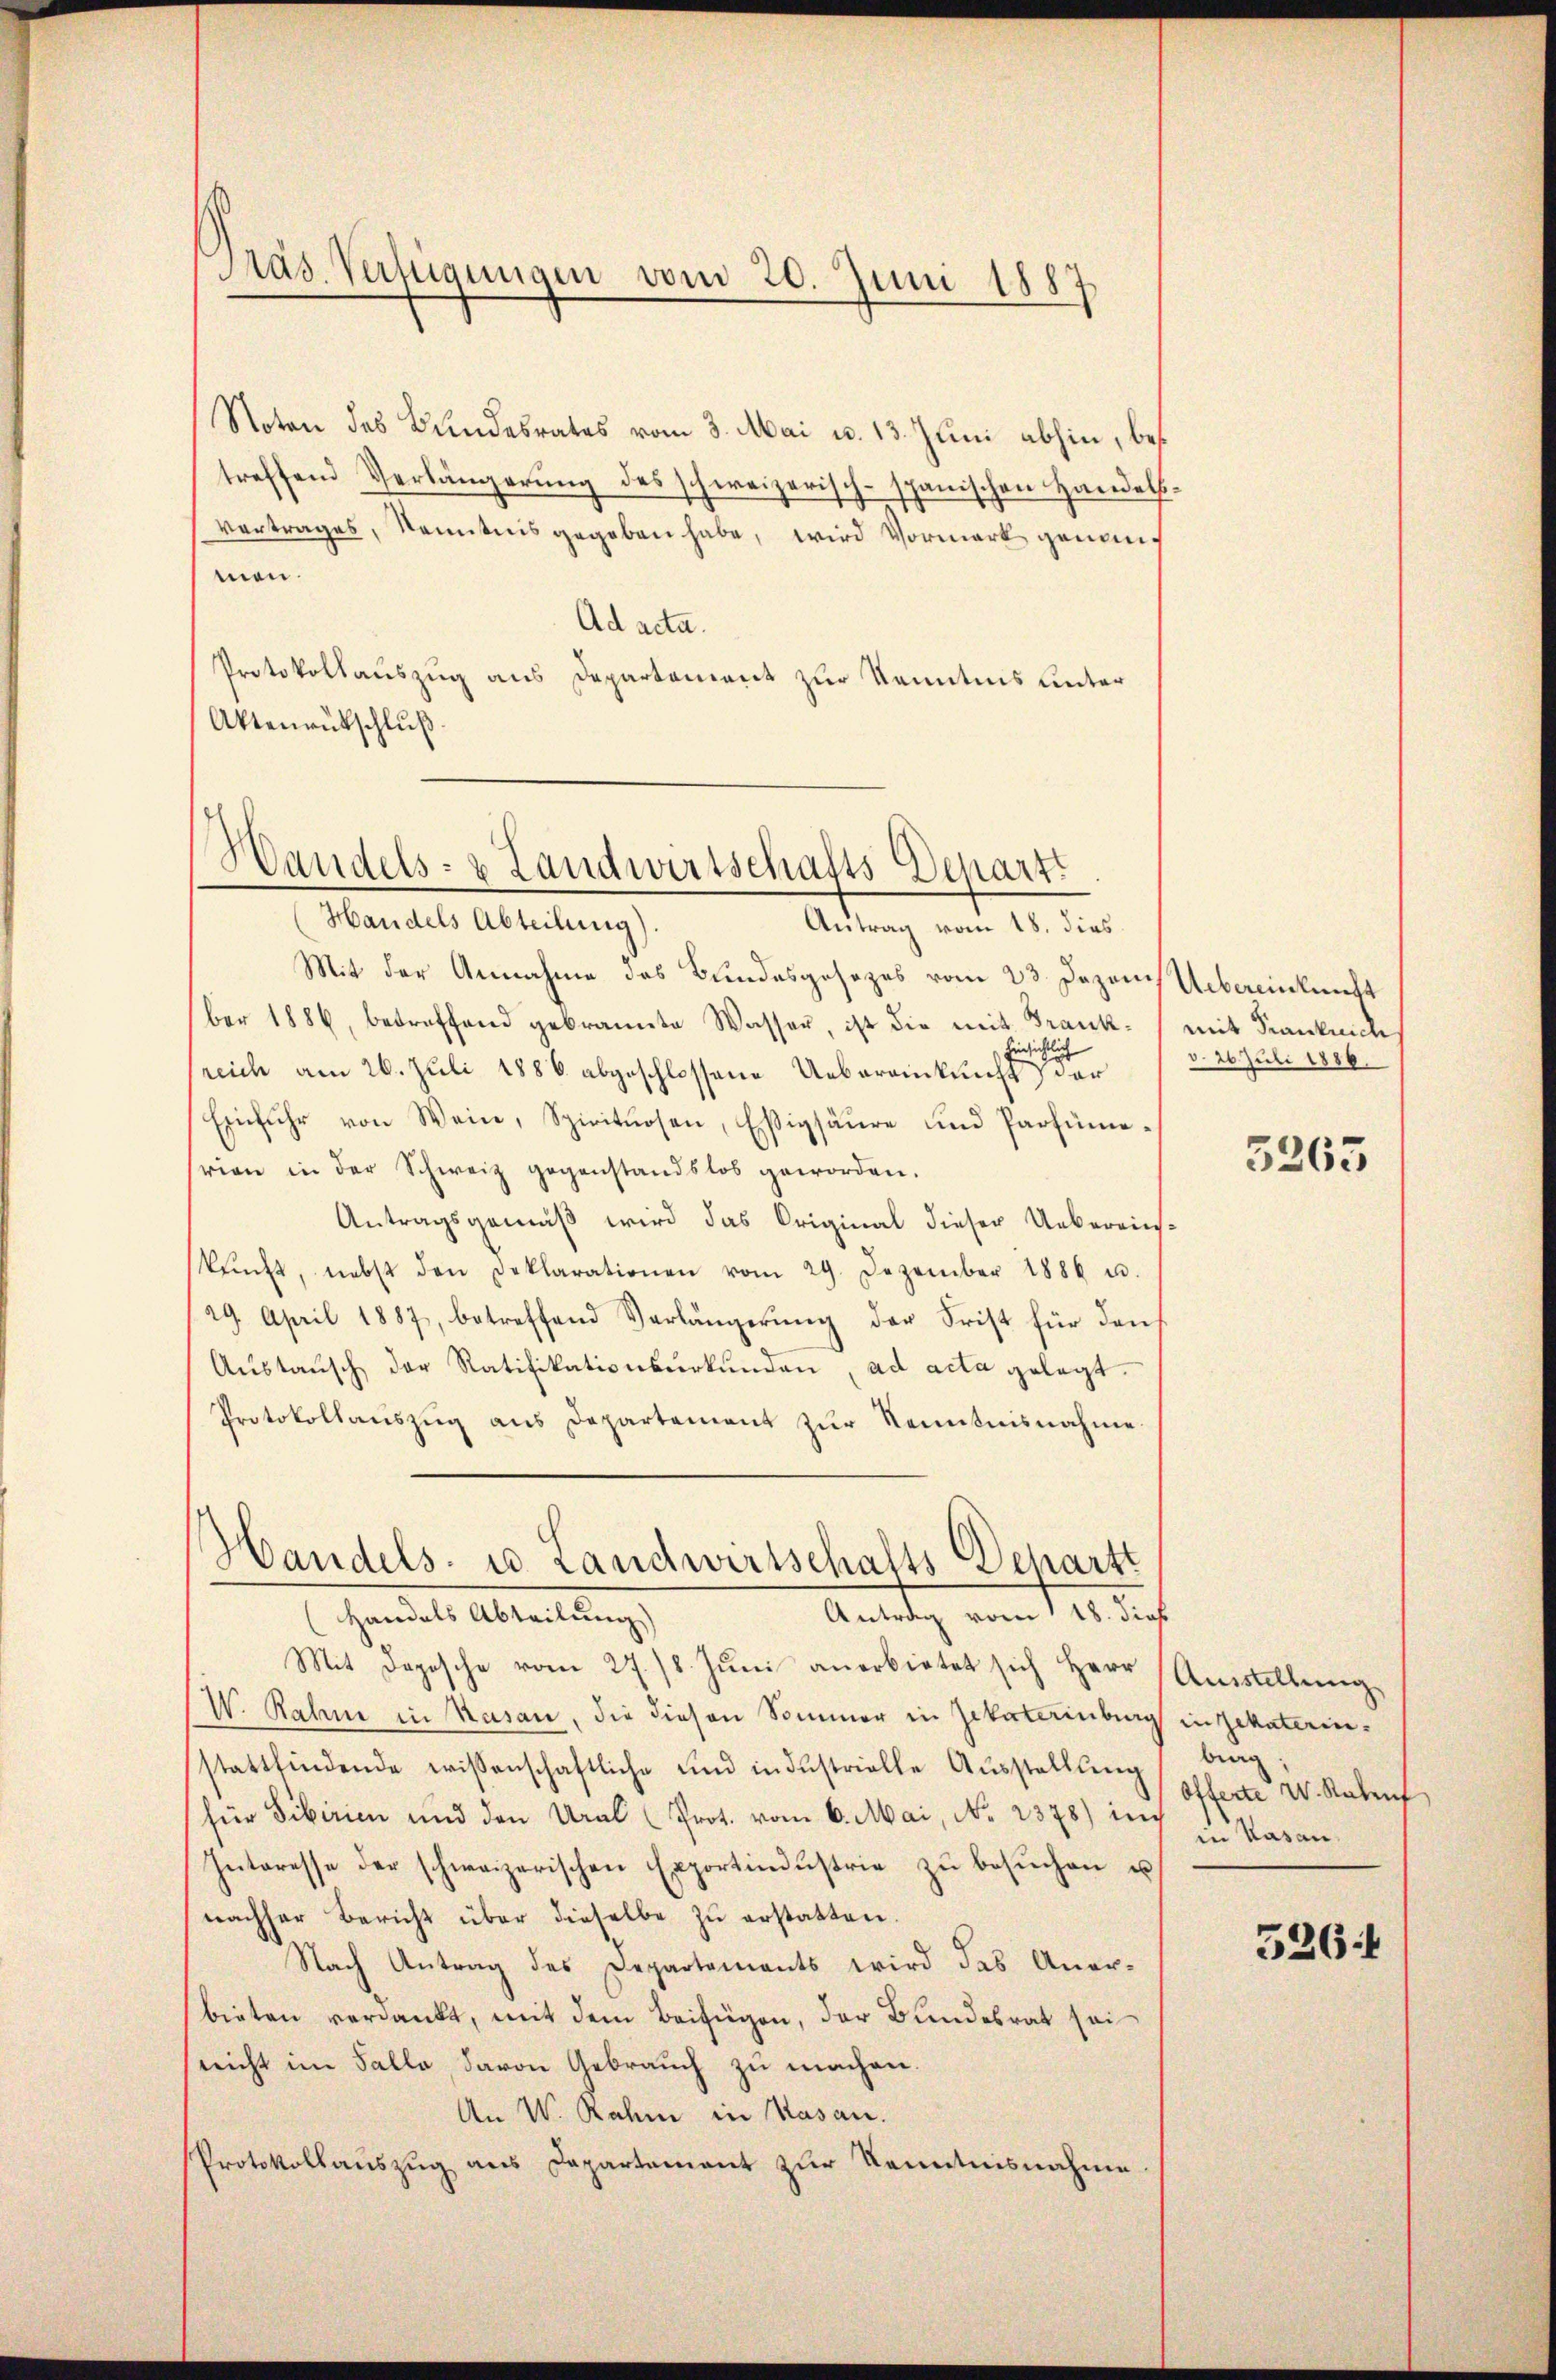
h
Pras. Verfügungen vom 20. Juni 1887

Noten des Bundesrates vom 3. Mai u. 13. Juni abhin, bes
treffend Verlängerŭng des schweizerisch-spanischen Handels
vertrages, Kenntnis gegeben habe, wird Vormark genommen.
Ad acta.
Protokollauszug aus Departement zur Kenntnis unter
Aktenrutschluß.

Handels- & Landwirtschafts-Depart
Handels Abteilung).
Antrag vom 18. dies

Mit der Annahme des Bundesgesezes vom 23. Dezen Uebereinkunft
ber 1886, betreffend gebrannte Wasser, ist die mit Frank-
hinsichtlich
sreich am 26. Juli 1886 abgeschlossene Uebereinkunft der
Einfuhr von Wein, Spirituosen, Essigsäure und Parfüme-
srien in der Schweiz gegenstandslos geworden.
Antragsgemäß wird das Original dieser Uebereinskŭnft, nebst den Deklarationen vom 29. Dezember 1886 u.
29. April 1887, betreffend Verlängerŭng der Frist für den
Austausch der Ratifikationsurkunden, ad acta gelegt.
Protokollauszug aus Departement zur Kenntnisnahme
Handels- u. Landwirtschafts Departt
Antrag vom 1 18. dieß
Handels Abteilung)

Mit Depesche vom 27. 18. Jŭni anerbietet sich Herr Amstellŭng
W. Rahme in Kasan, die diesen Sommer in Zitaterinburg in Zitaterinstattfindende wissenschaftliche und in dŭstrielle Aŭsstellŭng bring
für Sibirien und den Ural Prot. vom 6. Mai, No 2378) auch
Interesse der schweizerischen Exportindŭstrie zŭ besŭchen u
nachher Bericht über dieselbe zu erstatten.
Nach Antrag des Departements wird das Aner-
bieten verdankt, mit dem Beifügen, der Bundesrat sei
(nicht im Falle davon Gebrauch zu machen.
An W. Rahm in Kasan.
Protokollauszug aus Departement zur Kenntnisnahme

mit Franknechs
d. 26 Juli 1886

5263

Offerte W. Rabent
in Kasan.

526 f